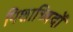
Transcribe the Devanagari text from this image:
पिशाच्विदों